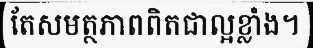
តែសមត្ថភាពពិតជាល្អខ្លាំង។